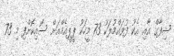
ޝިފާގް އާއި އެކު ފުވައްމުލަކު 73 މީހަކު ޕީޕީއެމްއަށް ސޮއިކޮށްފި މި 73